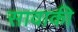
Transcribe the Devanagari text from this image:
सावाकी